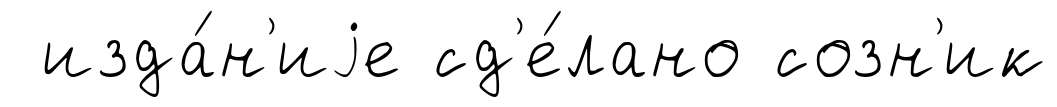
изда́н'иjе сд'е́лано созн'ик